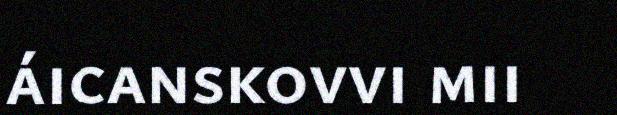
áicanskovvi mii